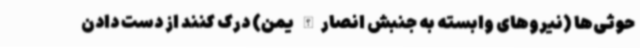
حوثی‌ها (نیروهای وابسته به جنبش انصارالله یمن) درک کنند از دست دادن